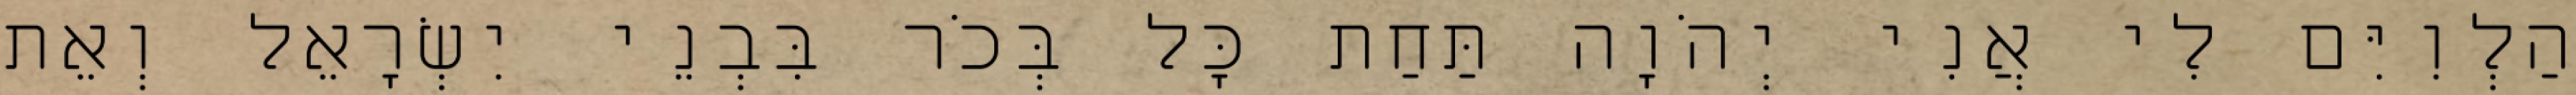
הַלְוִיִּם לִי אֲנִי יְהֹוָה תַּחַת כָּל בְּכֹר בִּבְנֵי יִשְׂרָאֵל וְאֵת